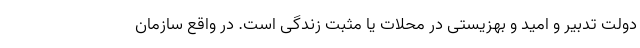
دولت تدبیر و امید و بهزیستی در محلات یا مثبت زندگی است. در واقع سازمان